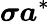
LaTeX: \boldsymbol{\sigma}\boldsymbol{a}^{*}